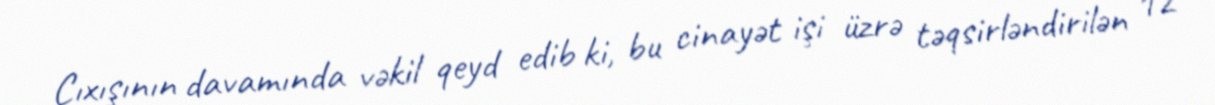
Çıxışının davamında vəkil qeyd edib ki, bu cinayət işi üzrə təqsirləndirilən 12